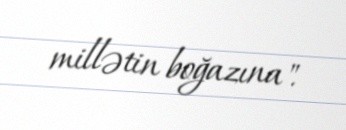
millətin boğazına".